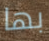
بها